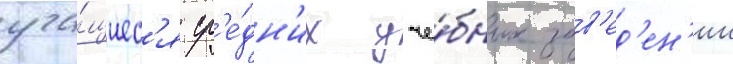
уча́щиес'я ср'е́дн'их уче́бных зав'ед'ен'ии